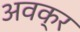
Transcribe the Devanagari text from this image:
अवक्र